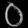
Digit: ၀